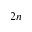
2 n